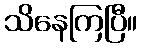
သိနေကြပြီ။